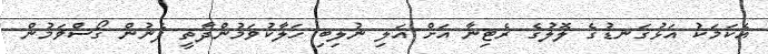
އެކަމަކު އަޅުގަނޑުގެ ލޮލުގެ ރެޓިނާ އަށް އަލި ނުލިބި ހަލާކުވަމުންދާތީ ފެނުން ގޯސްވަމުން